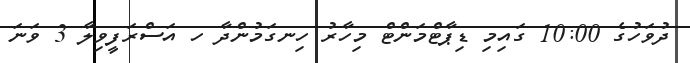
ދުވަހުގެ 10:00 ގައިމި ޑިޕާޓްމަންޓް މިހާރު ހިނގަމުންދާ ހ އަސްރަފީވިލާ 3 ވަނަ